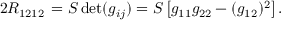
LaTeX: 2 R _ { 1 2 1 2 } \, = S \operatorname* { d e t } ( g _ { i j } ) = S \left[ g _ { 1 1 } g _ { 2 2 } - ( g _ { 1 2 } ) ^ { 2 } \right] .